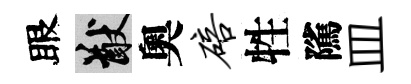
眼猷奧碚牲隲皿